Indian Medical Review
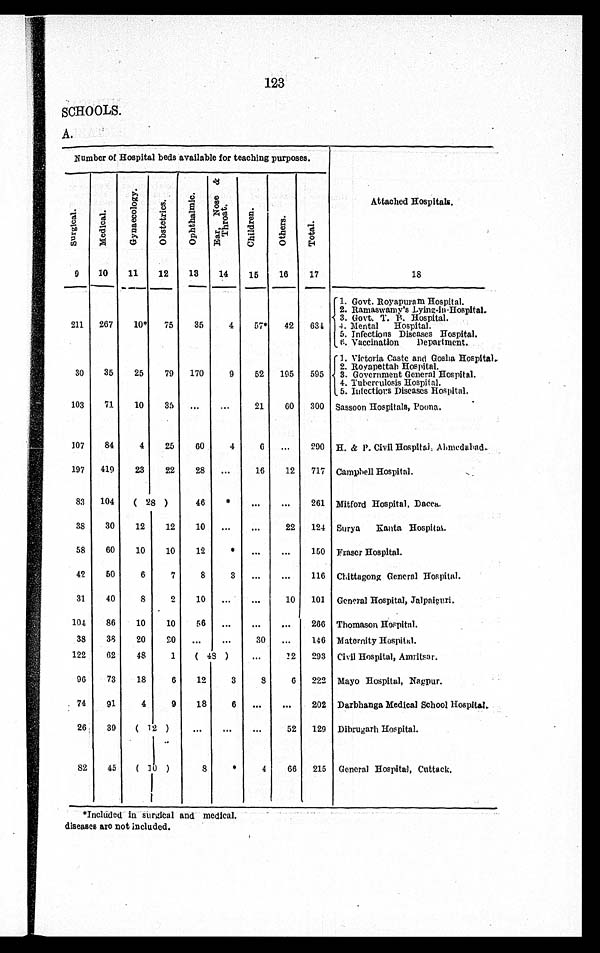
123
SCHOOLS.
A.
Number of Hospital beds available for teaching purposes.
S u r g i c a l .
Me di c a l .
G y n a e c o l o g y .
O b s t e t r i c s .
O p h t h a l m i c E a r , N o s e & T h r o a t .
Ch i l d r e n .
Ot her s .
To t a l .
Attached Hospitals.
9
10
11
12
13
14
15
16
17
18
1. Govt. Royapuram Hospital.
2. Ramaswamy's Lying-in-Hospital.
3. Govt. T. P. Hospital.
211 267
10* 75
35
4
57* 42 634 4. Mental Hospital.
5. Infections Diseases Hospital.
6. Vaccination Department.
1. Victoria Caste and Gosha Hospital,
2. Royapettah Hospital.
30
35
25
79 170
9
52 195 595 3. Government General Hospital.
4. Tuberculosis Hospital.
5. Infections Diseases Hospital.
103
71
10
35 ...
...
21
60 300 Sassoon Hospitals, Poona.
107
84
4
25
60
4
6 ...
290 H. & P. Civil Hospital; Ahmedabad
197 419
23
22
28 ...
16
12 717 Campbell Hospital.
83 104 ( 28 )
46
*
...
...
261 Mitford Hospital, Dacca.
38
30
12
12
10 ... ...
22 124 Surya Kanta Hospital.
58
60
10
10
12
* ...
...
150 Fraser Hospital.
42 50
6
7
8
3 ...
...
116 Chittagong General Hospital.
31
40
8
2
10 ...
...
10 101 General Hospital, Jalpaiguri.
104
86
10
10
56 ...
...
...
266 Thomason Hospital.
38
38 20
2 0 ...
...
30 ...
146 Maternity Hospital.
122
62
48
1
( 48 )
...
12 293 Civil Hospital, Amritsar.
96
73
18
6
12
3
8
6 222 Mayo Hospital, Nagpur.
74
91
4
9
18
6 ...
...
202 Darbhanga Medical School Hospital.
26
39
( 12 )
...
...
...
52 129 Dibrugarh Hospital.
82
45
( 10 )
8
*
4
66 215 General Hospital, Cuttack.
*Included in surgical and medical.
diseases are not included.